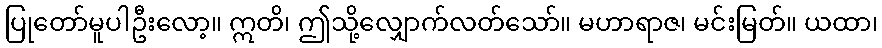
ပြုတော်မူပါဦးလော့။ ဣတိ၊ ဤသို့လျှောက်လတ်သော်။ မဟာရာဇ၊ မင်းမြတ်။ ယထာ၊